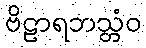
ဗိဠာရဘသ္တံဝ